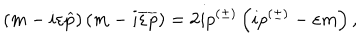
LaTeX: \left( m - i \varepsilon \widehat { p } \right) \left( m - i \overline { { { \varepsilon } } } \overline { { { p } } } \right) = 2 i p ^ { ( \pm ) } \left( i p ^ { ( \pm ) } - \varepsilon m \right) ,